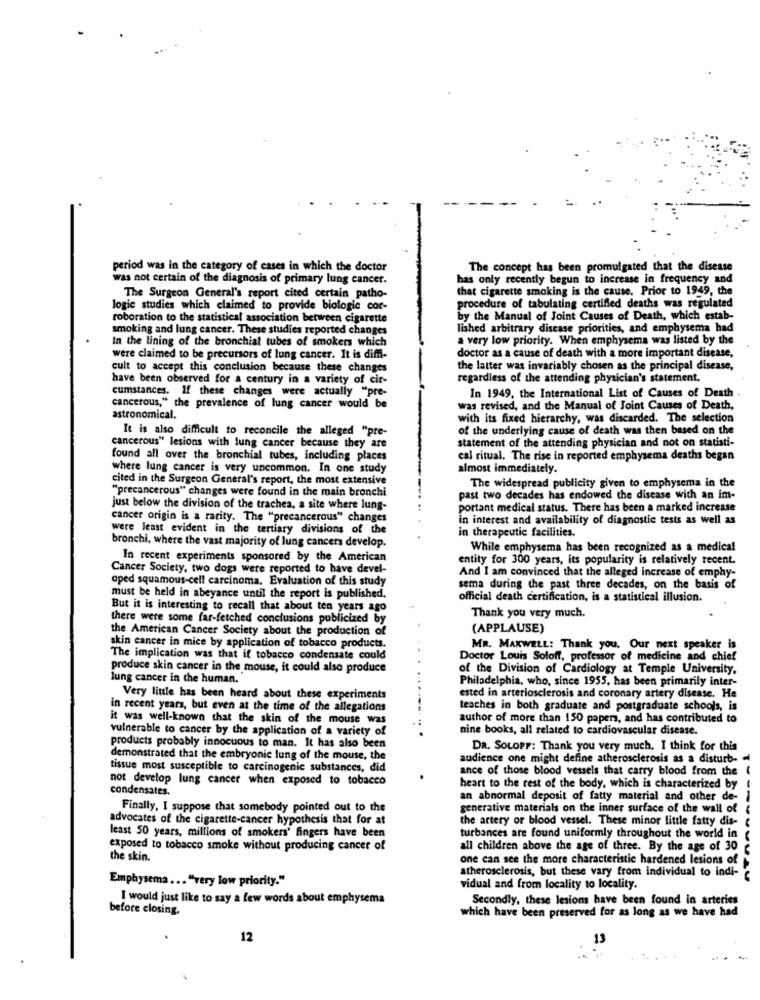
period was in the category of cases in which the doctor
The concept has been promulgated that the disease
was not certain of the diagnosis of primary lung cancer.
has only recently begun to increase in frequency and
that cigarette smoking is the cause. Prior to 1949, the
The Surgeon General's report cited certain patho-
logic studies which claimed to provide biologic cor-
procedure of tabulating certified deaths was regulated
roboration to the statistical association between cigarette
by the Manual of Joint Causes of Death, which estab-
smoking and lung cancer. These studies reported changes
lished arbitrary disease priorities, and emphysema had
In the lining of the bronchial tubes of smokers which
a very low priority. When emphysema was listed by the
were claimed to be precursors of lung cancer. It is diffi-
doctor as a cause of death with a more important disease,
cult to accept this conclusion because these changes
the latter was invariably chosen as the principal disease,
have been observed for a century in a variety of cir-
regardless of the attending physician's statement.
cumstances. If these changes were actually "pre-
In 1949, the International List of Causes of Death
cancerous," the prevalence of lung cancer would be
was revised, and the Manual of Joint Causes of Death,
astronomical.
with its fixed hierarchy, was discarded. The selection
It is also difficult to reconcile the alleged "pre-
of the underlying cause of death was then based on the
statement of the attending physician and not on statisti-
cancerous" lesions with lung cancer because they are
found all over the bronchial tubes, including places
cal ritual. The rise in reported emphysema deaths began
where lung cancer is very uncommon. In one study
almost immediately.
cited in the Surgeon General's report, the most extensive
The widespread publicity given to emphysema in the
"precancerous" changes were found in the main bronchi
past two decades has endowed the disease with an im-
just below the division of the trachea, a site where lung-
portant medical status. There has been a marked increase
cancer origin is a rarity. The "precancerous" changes
in interest and availability of diagnostic tests as well as
were least evident in the tertiary divisions of the
in therapeutic facilities.
bronchi, where the vast majority of lung cancers develop.
While emphysema has been recognized as a medical
In recent experiments sponsored by the American
entity for 300 years, its popularity is relatively recent.
Cancer Society, two dogs were reported to have devel-
oped squamous-cell carcinoma. Evaluation of this study
And I am convinced that the alleged increase of emphy-
sema during the past three decades, on the basis of
must be held in abeyance until the report is published.
official death certification, is a statistical illusion.
But it is interesting to recall that about ten years ago
there were some far-fetched conclusions publicized by
Thank you very much.
the American Cancer Society about the production of
(APPLAUSE)
skin cancer in mice by application of tobacco products.
MR. MAKWELL: Thank you. Our next speaker is
The implication was that if tobacco condensate could
Doctor Louis Soloff, professor of medicine and chief
produce skin cancer in the mouse, it could also produce
of the Division of Cardiology at Temple University,
lung cancer in the human.
Philadelphia, who, since 1955, has been primarily inter-
Very little has been heard about these experiments
ested in arteriosclerosis and coronary artery disease. He
in recent years, but even at the time of the allegations
teaches in both graduate and postgraduate schools, is
it was well-known that the skin of the mouse was
author of more than 150 papers, and has contributed to
vulnerable to cancer by the application of a variety of
nine books, all related to cardiovascular disease.
products probably innocuous to man. It has also been
DR. SOLOFF: Thank you very much. I think for this
demonstrated that the embryonic lung of the mouse, the
audience one might define atherosclerosis as a disturb-
tissue most susceptible to carcinogenic substances, did
ance of those blood vessels that carry blood from the (
not develop lung cancer when exposed to tobacco
condensates.
heart to the rest of the body, which is characterized by
an abnormal deposit of fatty material and other de-
Finally, I suppose that somebody pointed out to the
generative materials on the inner surface of the wall of {
advocates of the cigarette-cancer hypothesis that for at
the artery or blood vessel. These minor little fatty dis-
least 50 years, millions of smokers' fingers have been
turbances are found uniformly throughout the world in
exposed to tobacco smoke without producing cancer of
all children above the age of three. By the age of 30
the skin.
one can see the more characteristic hardened lesions of
Emphysema ... "very low priority."
atherosclerosis, but these vary from individual to indi-
vidual and from locality to locality.
I would just like to say a few words about emphysema
Secondly, these lesions have been found in arteries
before closing.
which have been preserved for as long as we have had
12
13